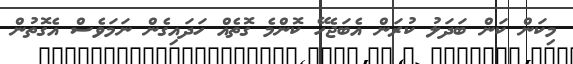
މިކަން ކަން ބަދަލު ކުރަން އެބަޖެހޭ ކޮންމެ ގޮތެއް ހަދައިގެން ނަމަވެސް އެގޮތުން